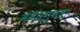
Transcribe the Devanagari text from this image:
मनोरूग्णता